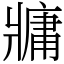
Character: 牅